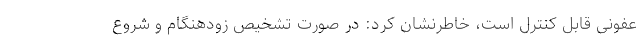
عفونی قابل کنترل است، خاطرنشان کرد: در صورت تشخیص زودهنگام و شروع